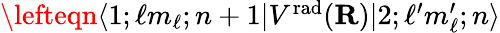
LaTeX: \begin{array}{rlr}{\lefteqn{\langle 1;\ell m_{\ell};n+1|V^{\mathrm{rad}}({\mathbf R})|2;\ell^{\prime}m_{\ell}^{\prime};n\rangle}}\end{array}